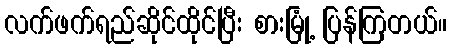
လက်ဖက်ရည်ဆိုင်ထိုင်ပြီး စားမြုံ့ ပြန်ကြတယ်။